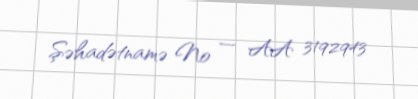
Şəhadətnamə № — AA 3192943